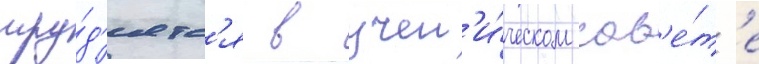
тру́д'ятс'я в учен'и́ческом сов'е́т'е